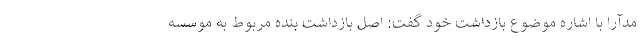
مدآرا با اشاره موضوع بازداشت خود گفت: اصل بازداشت بنده مربوط به موسسه